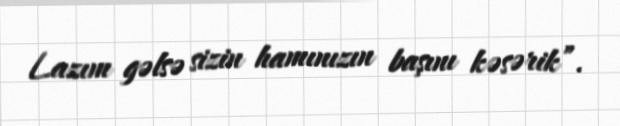
Lazım gəlsə sizin hamınızın başını kəsərik”.